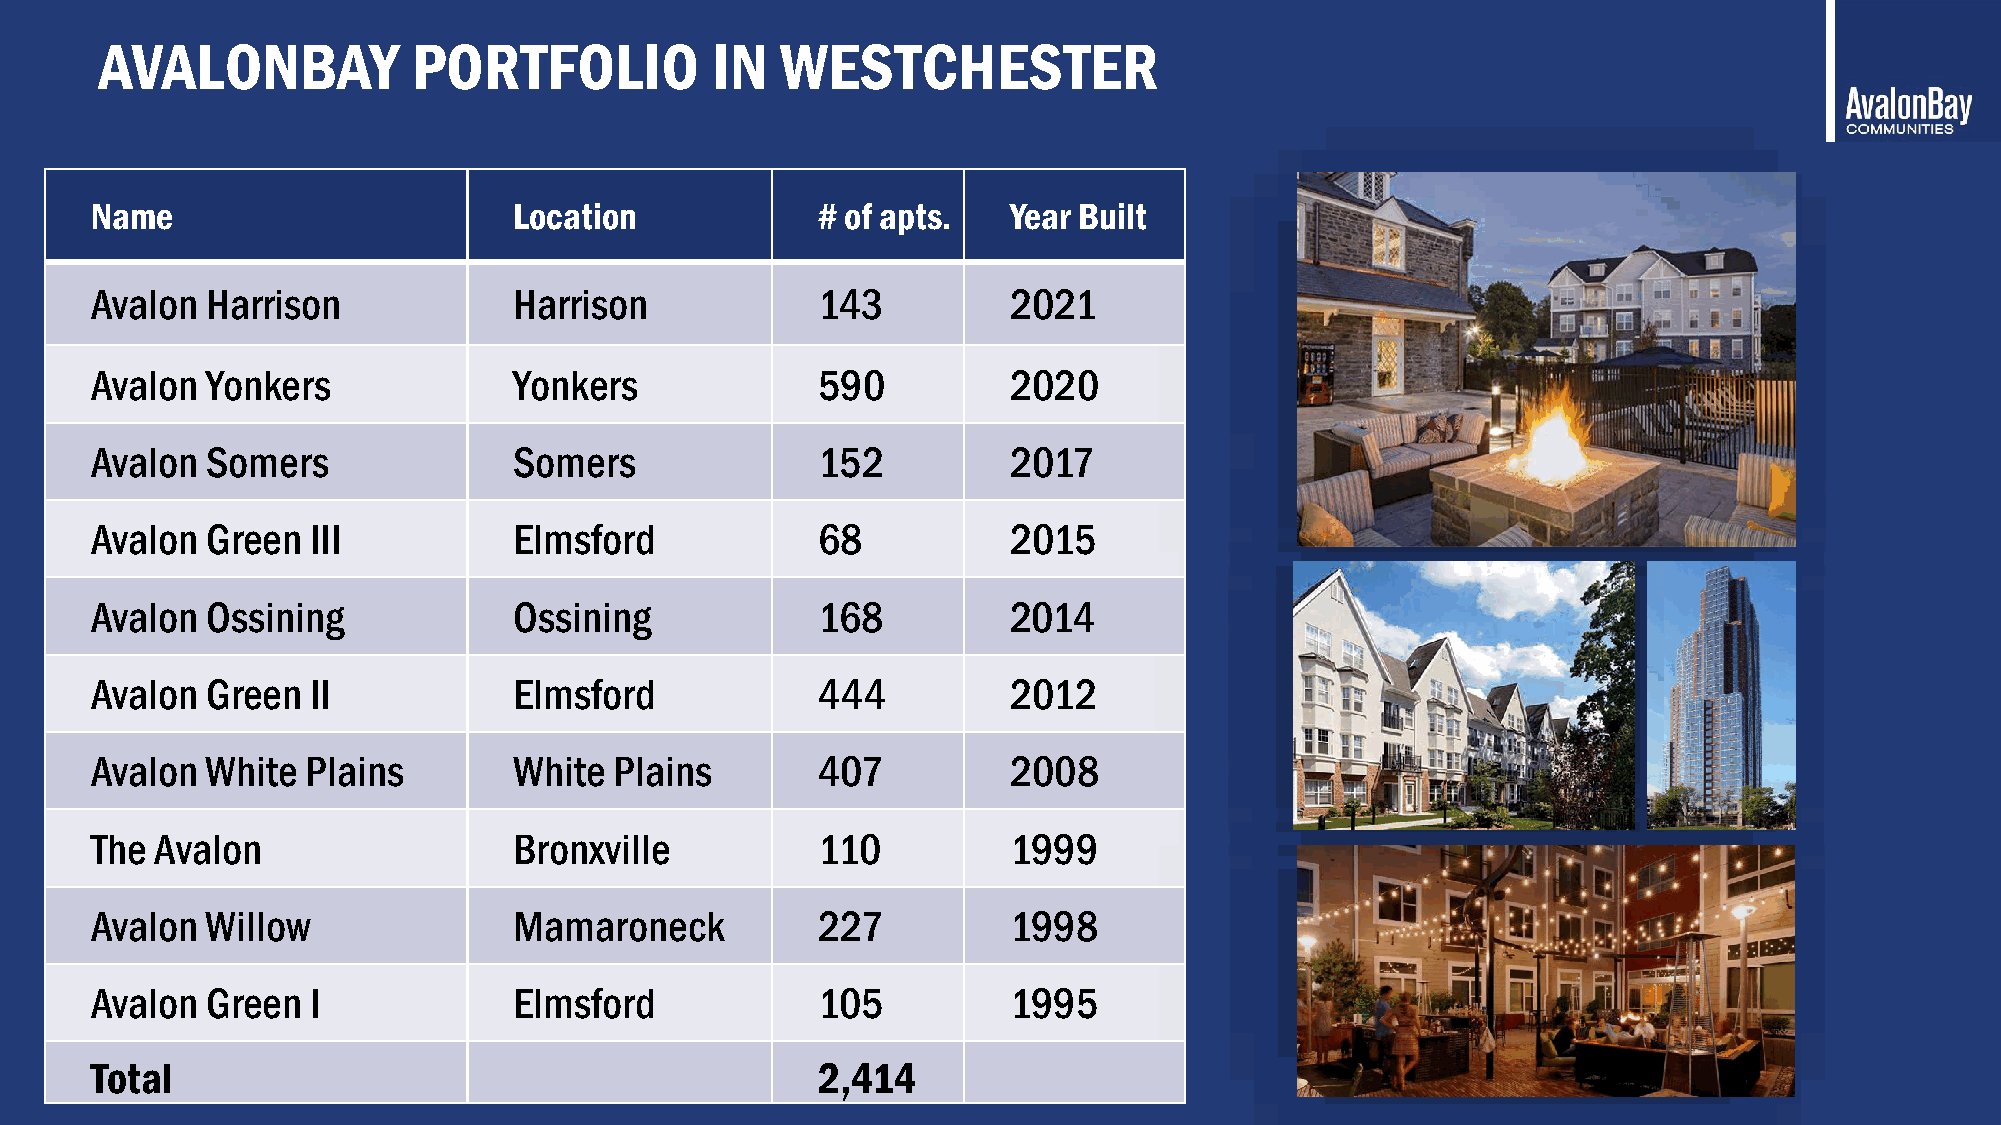
AVALONBAY           PORTFOLIO           IN   WESTCHESTER
 Name                        Location            # of apts.   Year Built
 Avalon  Harrison            Harrison            143          2021
 Avalon  Yonkers             Yonkers             590          2020
 Avalon  Somers              Somers              152          2017
 Avalon  Green III           Elmsford            68           2015
 Avalon  Ossining            Ossining            168          2014
 Avalon  Green II            Elmsford            444          2012
 Avalon  White Plains        White  Plains       407          2008
 The Avalon                  Bronxville          110          1999
 Avalon  Willow              Mamaroneck          227          1998
 Avalon  Green I             Elmsford            105          1995
 Total                                           2,414